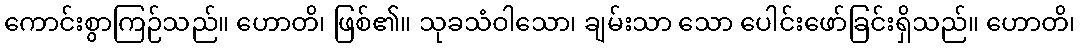
ကောင်းစွာကြဉ်သည်။ ဟောတိ၊ ဖြစ်၏။ သုခသံဝါသော၊ ချမ်းသာ သော ပေါင်းဖော်ခြင်းရှိသည်။ ဟောတိ၊